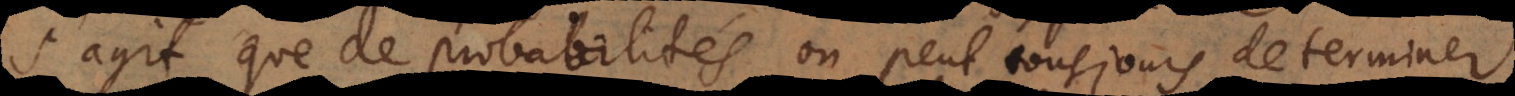
s’agit que de probabilités, on peut tousjours demonstre